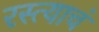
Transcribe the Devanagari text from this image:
रस्त्याचं